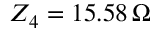
Z _ { 4 } = 1 5 . 5 8 \, \Omega